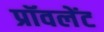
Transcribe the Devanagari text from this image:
प्रॉवलेंट